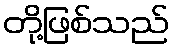
တို့ဖြစ်သည်